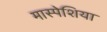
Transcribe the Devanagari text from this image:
मास्पेशिया